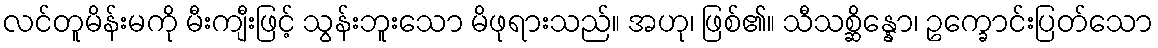
လင်တူမိန်းမကို မီးကျီးဖြင့် သွန်းဘူးသော မိဖုရားသည်။ အဟု၊ ဖြစ်၏။ သီသစ္ဆိန္နော၊ ဥက္ခောင်းပြတ်သော